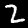
Digit: 2